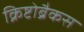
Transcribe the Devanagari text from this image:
क्रिष्टोब्रैकस